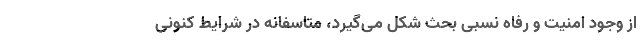
از وجود امنیت و رفاه نسبی بحث شکل می‌گیرد، متاسفانه در شرایط کنونی